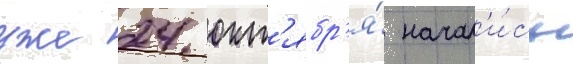
уже 24 окт'ябр'я́ начал'и́сь